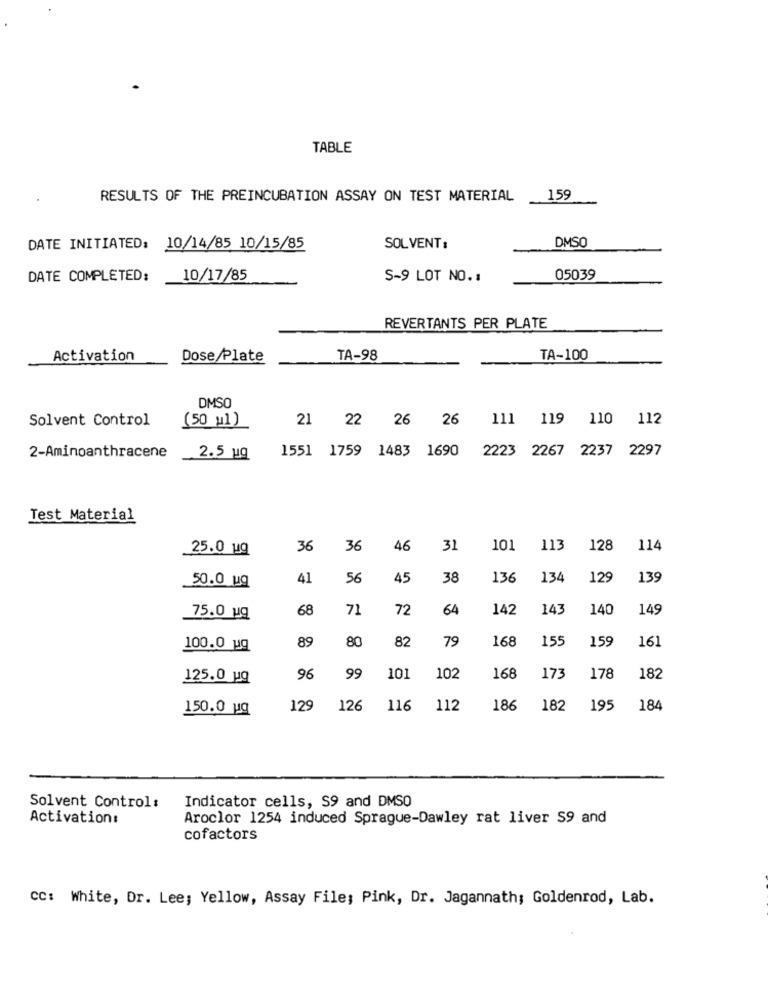
TABLE
RESULTS OF THE PREINCUBATION ASSAY ON TEST MATERIAL
159
DMSO
DATE INITIATED: 10/14/85 10/15/85
SOL VENT:
DATE COMPLETED:
10/17/85
S-9 LOT NO. :
05039
REVERTANTS PER PLATE
Activation
Dose/Plate
TA-98
TA-100
DMSO
Solvent Control
21 22 26 26 111
119 110 112
(50 w1)
1551 1759 1483 1690
2223 2267 2237 2297
2-Aminoanthracene
2.5 ug
Test Material
25.0 ug
36
36
46
31
101
113
128
114
50.0 ug
41
56
45
38
136
134
129
139
68
71
72
64
142
143
140
149
75.0 ug
89
80
82
79
168
155
159
161
100.0 uq
125.0 pq
96
99
101
102
168
173
178
182
150.0 uq
129
126
116
112
186
182
195
184
Indicator cells, S9 and DMSO
Solvent Control :
Activation:
Aroclor 1254 induced Sprague-Dawley rat liver S9 and
cofactors
CC: White, Dr. Lee; Yellow, Assay File; Pink, Dr. Jagannath; Goldenrod, Lab.